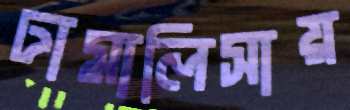
ঢামালিসায়